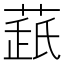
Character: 𦷘